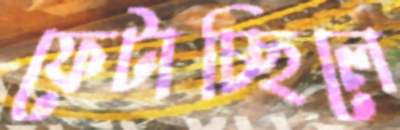
ফেটাচ্ছিলে